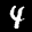
Label: 4